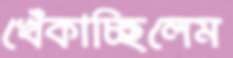
খেঁকাচ্ছিলেম